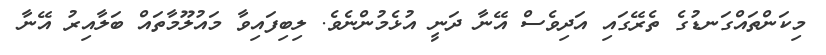
މިކަންތައްގަނޑުގެ ތެރޭގައި އަދިވެސް އޭނާ ދަނީ އުޅެމުންނެވެ. ލިބިފައިވާ މައުލޫމާތައް ބަލާއިރު އޭނާ